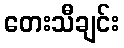
တေးသီချင်း